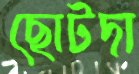
ছোটদা